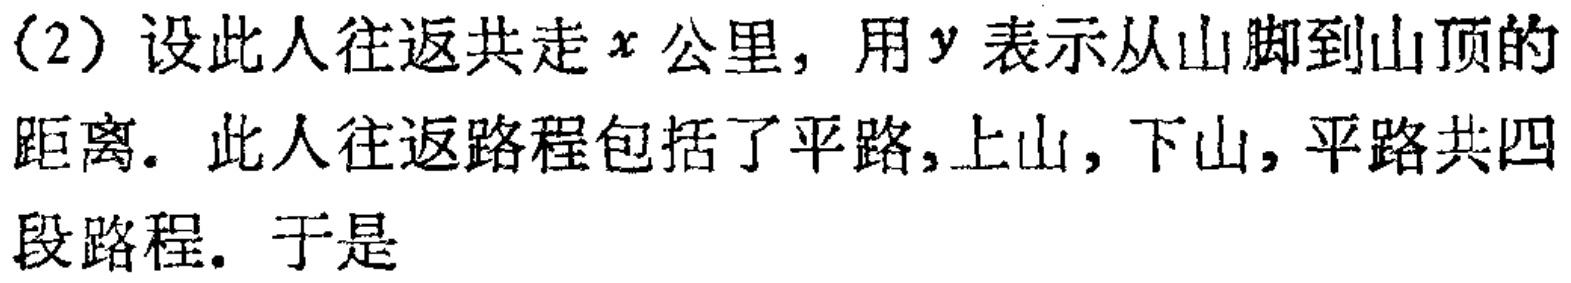
（2）设此人往返共走\(x\)公里，用\(y\)表示从山脚到山顶的距离. 此人往返路程包括了平路,上山,下山,平路共四段路程. 于是